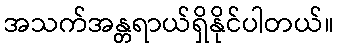
အသက်အန္တရာယ်ရှိနိုင်ပါတယ်။